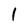
Character: 1